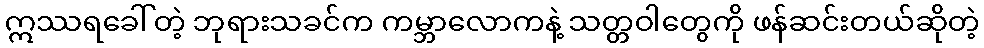
ဣဿရခေါ်တဲ့ ဘုရားသခင်က ကမ္ဘာလောကနဲ့ သတ္တဝါတွေကို ဖန်ဆင်းတယ်ဆိုတဲ့